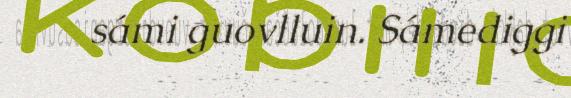
sámi guovlluin. Sámediggi